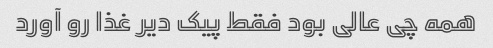
همه چی عالی بود فقط پیک دیر غذا رو آورد